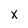
Character: x